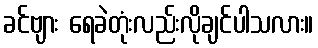
ခင်ဗျား ရေခဲတုံးလည်းလိုချင်ပါသလား။